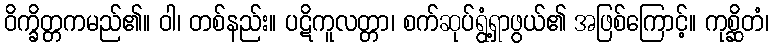
ဝိက္ခိတ္တကမည်၏။ ဝါ၊ တစ်နည်း။ ပဋိကူလတ္တာ၊ စက်ဆုပ်ရွံ့ရှာဖွယ်၏ အဖြစ်ကြောင့်။ ကုစ္ဆိတံ၊